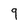
Character: 9